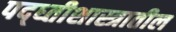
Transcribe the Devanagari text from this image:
पद्ध्तीशास्त्रातील